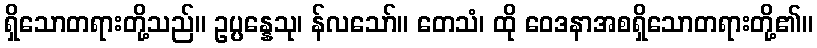
ရှိသောတရားတို့သည်။ ဥပ္ပန္နေသု၊ န်လသော်။ တေသံ၊ ထို ဝေဒနာအစရှိသောတရားတို့၏။